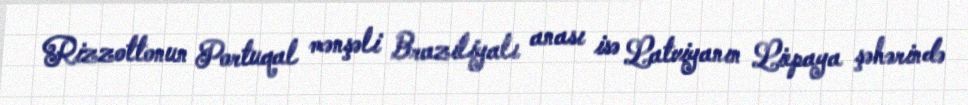
Rizzottonun Portuqal mənşəli Braziliyalı anası isə Latviyanın Liepaya şəhərində